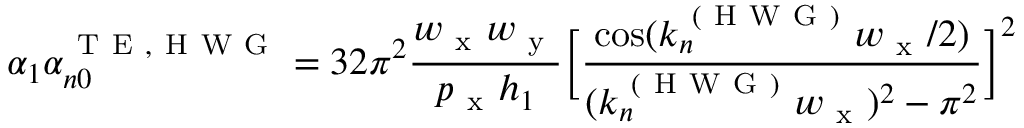
\alpha _ { 1 } \alpha _ { n 0 } ^ { \mathrm { ~ T ~ E ~ , ~ H ~ W ~ G ~ } } = 3 2 \pi ^ { 2 } \frac { w _ { \mathrm { ~ x ~ } } w _ { \mathrm { ~ y ~ } } } { p _ { \mathrm { ~ x ~ } } h _ { 1 } } \bigg [ \frac { \cos ( k _ { n } ^ { \mathrm { ~ ( ~ H ~ W ~ G ~ ) ~ } } w _ { \mathrm { ~ x ~ } } / 2 ) } { ( k _ { n } ^ { \mathrm { ~ ( ~ H ~ W ~ G ~ ) ~ } } w _ { \mathrm { ~ x ~ } } ) ^ { 2 } - \pi ^ { 2 } } \bigg ] ^ { 2 }